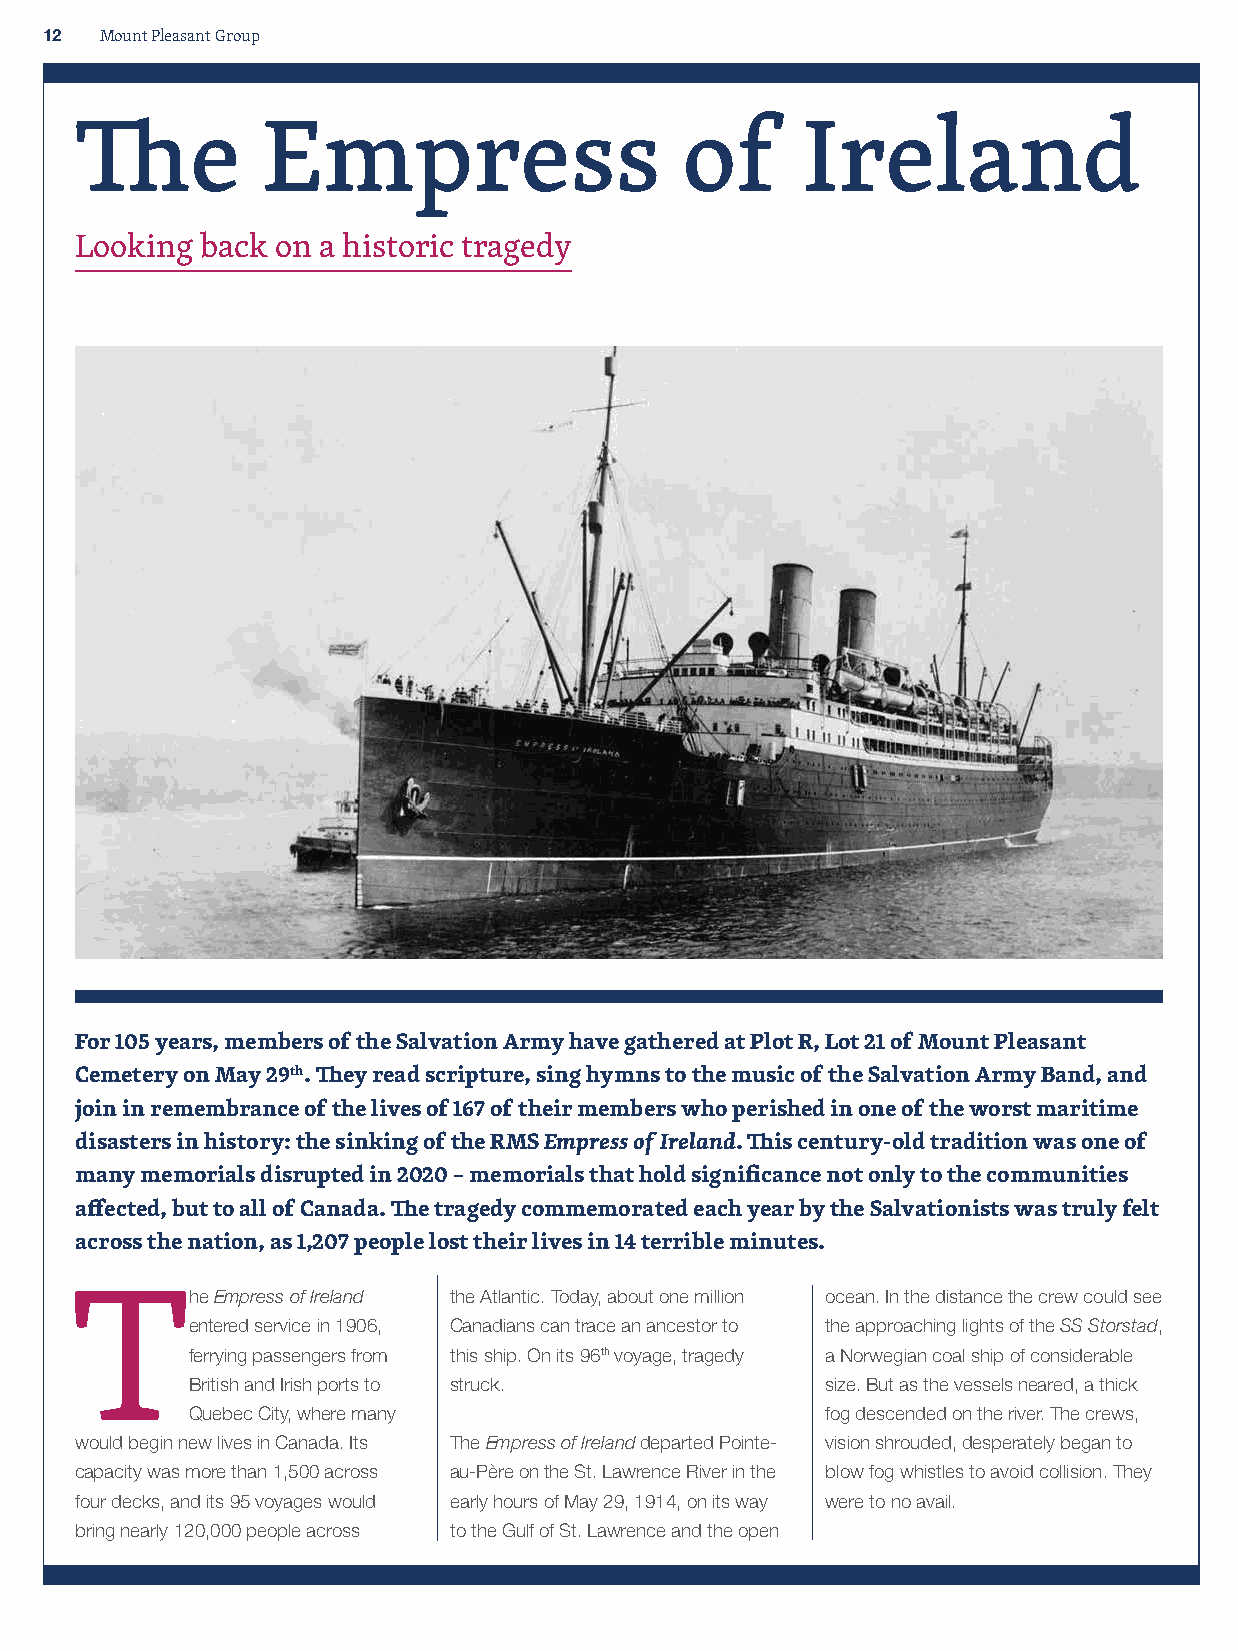
12  Mount Pleasant Group
 The         Empress                     of      Ireland
 Looking back on a historic tragedy
 For 105 years, members of the Salvation Army have gathered at Plot R, Lot 21 of Mount Pleasant
 Cemetery on May 29th. They read scripture, sing hymns to the music of the Salvation Army Band, and
 join in remembrance of the lives of 167 of their members who perished in one of the worst maritime
 disasters in history: the sinking of the RMS Empress of Ireland. This century-old tradition was one of
 many memorials disrupted in 2020 – memorials that hold significance not only to the communities
 affected, but to all of Canada. The tragedy commemorated each year by the Salvationists was truly felt
 across the nation, as 1,207 people lost their lives in 14 terrible minutes.
 The      Empress of Ireland the Atlantic. Today, about one million ocean. In the distance the crew could see
 entered service in 1906, Canadians can trace an ancestor to the approaching lights of the SS Storstad,
 ferrying passengers from this ship. On its 96th voyage, tragedy a Norwegian coal ship of considerable
 British and Irish ports to struck.         size. But as the vessels neared, a thick
 Quebec City, where many                    fog descended on the river. The crews,
 would begin new lives in Canada. Its The Empress of Ireland departed Pointe- vision shrouded, desperately began to
 capacity was more than 1,500 across au-Père on the St. Lawrence River in the blow fog whistles to avoid collision. They
 four decks, and its 95 voyages would early hours of May 29, 1914, on its way were to no avail.
 bring nearly 120,000 people across to the Gulf of St. Lawrence and the open